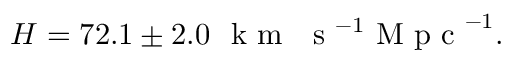
H = 7 2 . 1 \pm 2 . 0 \ \textrm { k m } \ \textrm { s } ^ { - 1 } \textrm { M p c } ^ { - 1 } .